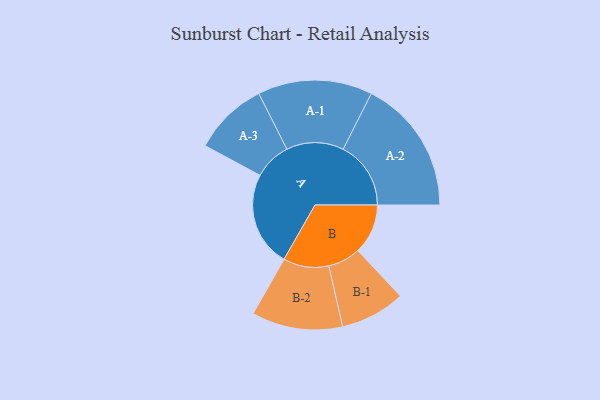
{"axis": {"x": "Segment", "y": "Value"}, "legend": ["", "A", "B"], "data": [{"x": "A", "y": 394, "type": ""}, {"x": "B", "y": 208, "type": ""}, {"x": "A-1", "y": 238, "type": "A"}, {"x": "A-2", "y": 281, "type": "A"}, {"x": "A-3", "y": 155, "type": "A"}, {"x": "B-1", "y": 135, "type": "B"}, {"x": "B-2", "y": 189, "type": "B"}]}